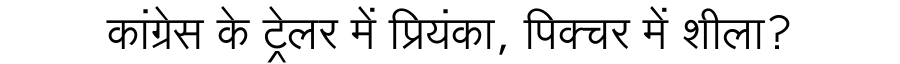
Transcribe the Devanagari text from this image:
कांग्रेस के ट्रेलर में प्रियंका, पिक्चर में शीला?